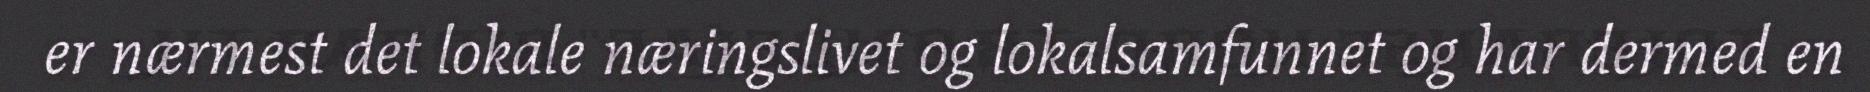
er nærmest det lokale næringslivet og lokalsamfunnet og har dermed en